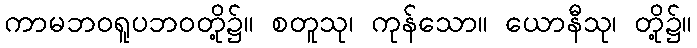
ကာမဘဝရူပဘဝတို့၌။ စတူသု၊ ကုန်သော။ ယောနီသု၊ တို့၌။